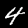
Label: 4